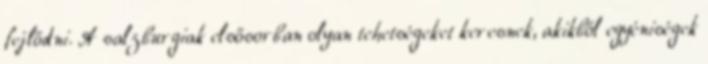
fejlődni. A salzburgiak elsősorban olyan tehetségeket keresnek, akikből egyéniségek